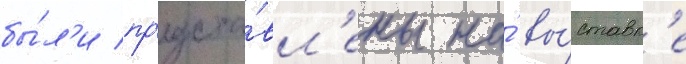
бы́л'и пр'едста́вл'ены на́ вы́ставк'е